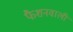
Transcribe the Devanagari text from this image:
फैशनवाली